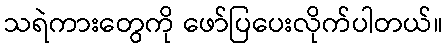
သရဲကားတွေကို ဖော်ပြပေးလိုက်ပါတယ်။